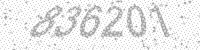
Solution: 836201